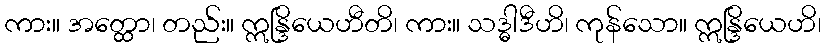
ကား။ အတ္ထော၊ တည်း။ ဣန္ဒြိယေဟီတိ၊ ကား။ သဒ္ဓါဒီဟိ၊ ကုန်သော။ ဣန္ဒြိယေဟိ၊